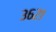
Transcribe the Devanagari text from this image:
३६२१